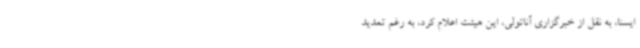
ایسنا، به نقل از خبرگزاری آناتولی، این هیئت اعلام کرد، به رغم تمدید